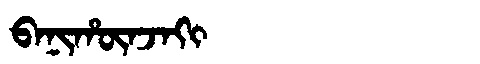
Manchu: ᠪᠠᠨᡳᡥᡡᠨᠵᠠᡴᡳ
Romanization: BANIHŪNJAKI